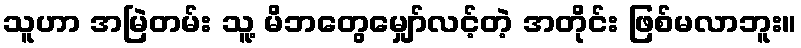
သူဟာ အမြဲတမ်း သူ့ မိဘတွေမျှော်လင့်တဲ့ အတိုင်း ဖြစ်မလာဘူး။